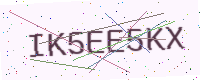
Text: IK5EE5KX